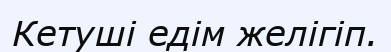
Кетуші едім желігіп.